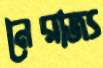
নৈরাজ্য